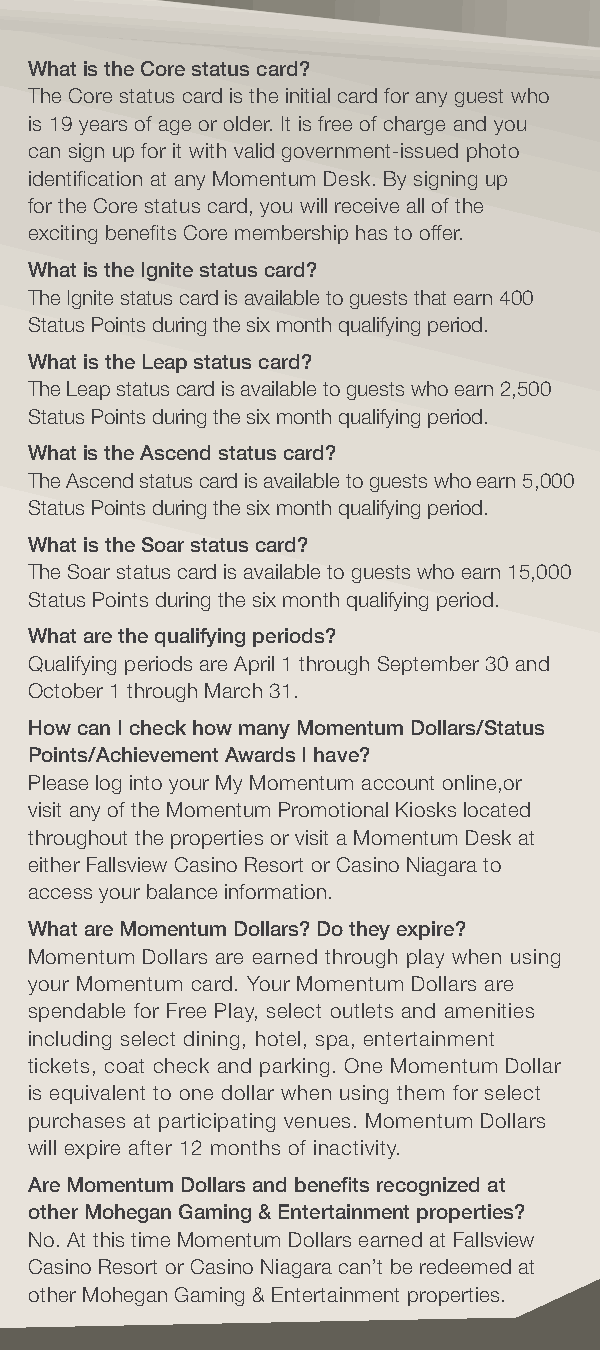
What is the Core status card?
 The Core status card is the initial card for any guest who
 is 19 years of age or older. It is free of charge and you
 can sign up for it with valid government-issued photo
 identifcation at any Momentum Desk. By signing up
 for the Core status card, you will receive all of the
 exciting benefts Core membership has to offer.
 What is the Ignite status card?
 The Ignite status card is available to guests that earn 400
 Status Points during the six month qualifying period.
 What is the Leap status card?
 The Leap status card is available to guests who earn 2,500
 Status Points during the six month qualifying period.
 What is the Ascend status card?
 The Ascend status card is available to guests who earn 5,000
 Status Points during the six month qualifying period.
 What is the Soar status card?
 The Soar status card is available to guests who earn 15,000
 Status Points during the six month qualifying period.
 What are the qualifying periods?
 Qualifying periods are April 1 through September 30 and
 October 1 through March 31.
 How can I check how many Momentum Dollars/Status
 Points/Achievement Awards I have?
 Please log into your My Momentum account online,or
 visit any of the Momentum Promotional Kiosks located
 throughout the properties or visit a Momentum Desk at
 either Fallsview Casino Resort or Casino Niagara to
 access your balance information.
 What are Momentum Dollars? Do they expire?
 Momentum Dollars are earned through play when using
 your Momentum card. Your Momentum Dollars are
 spendable for Free Play, select outlets and amenities
 including select dining, hotel, spa, entertainment
 tickets, coat check and parking. One Momentum Dollar
 is equivalent to one dollar when using them for select
 purchases at participating venues. Momentum Dollars
 will expire after 12 months of inactivity.
 Are Momentum Dollars and benefts recognized at
 other Mohegan Gaming & Entertainment properties?
 No. At this time Momentum Dollars earned at Fallsview
 Casino Resort or Casino Niagara can’t be redeemed at
 other Mohegan Gaming & Entertainment properties.